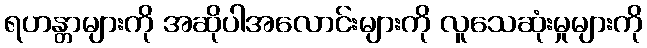
ရဟန္တာများကို အဆိုပါအလောင်းများကို လူသေဆုံးမှုများကို